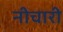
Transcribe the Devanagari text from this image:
नीचारी